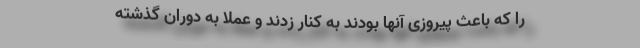
را که باعث پیروزی آنها بودند به کنار زدند و عملاً به دوران گذشته